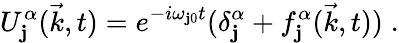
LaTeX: U_{\mathbf{j}}^{\alpha}(\vec{{k}},t)=e^{-i\omega_{\mathbf{j}0}t}(\delta_{\mathbf{j}}^{\alpha}+f_{\mathbf{j}}^{\alpha}(\vec{{k}},t))\; .